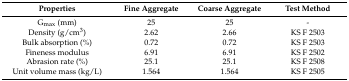
<table><thead><tr><td><b>Properties</b></td><td><b>Fine Aggregate</b></td><td><b>Coarse Aggregate</b></td><td><b>Test Method</b></td></tr></thead><tbody><tr><td>G<sub>max</sub> (mm)</td><td>25</td><td>25</td><td>-</td></tr><tr><td>Density (g/cm<sup>3</sup>)</td><td>2.62</td><td>2.66</td><td>KS F 2503</td></tr><tr><td>Bulk absorption (%)</td><td>0.72</td><td>0.72</td><td>KS F 2503</td></tr><tr><td>Fineness modulus</td><td>6.91</td><td>6.91</td><td>KS F 2502</td></tr><tr><td>Abrasion rate (%)</td><td>25.1</td><td>25.1</td><td>KS F 2508</td></tr><tr><td>Unit volume mass (kg/L)</td><td>1.564</td><td>1.564</td><td>KS F 2505</td></tr></tbody></table>